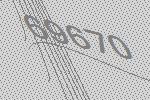
69670